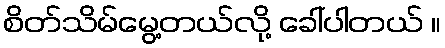
စိတ်သိမ်မွေ့တယ်လို့ ခေါ်ပါတယ် ။